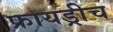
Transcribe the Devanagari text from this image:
फ्रायड्रीच